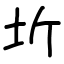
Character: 圻